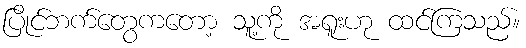
ပြိုင်ဘက်တွေကတော့ သူ့ကို အရူးဟု ထင်ကြသည်။